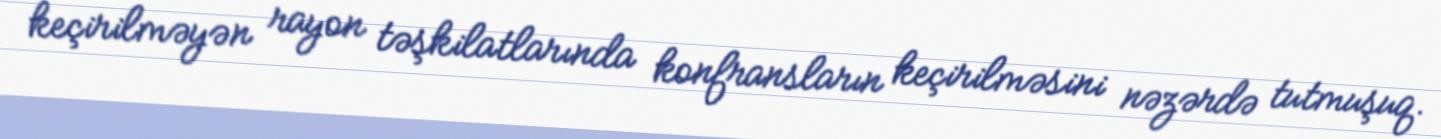
keçirilməyən rayon təşkilatlarında konfransların keçirilməsini nəzərdə tutmuşuq.